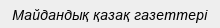
Майдандық қазақ газеттері